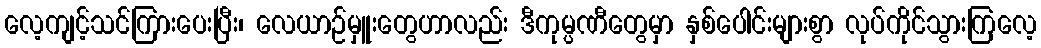
လေ့ကျင့်သင်ကြားပေးပြီး၊ လေယာဉ်မှူးတွေဟာလည်း ဒီကုမ္ပဏီတွေမှာ နှစ်ပေါင်းများစွာ လုပ်ကိုင်သွားကြလေ့